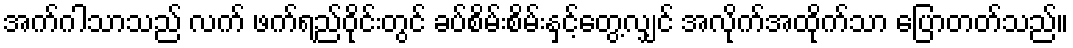
အက်ဂါသာသည် လက် ဖက်ရည်ဝိုင်းတွင် ခပ်စိမ်းစိမ်းနှင့်တွေ့လျှင် အလိုက်အထိုက်သာ ပြောတတ်သည်။